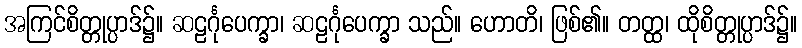
အကြင်စိတ္တုပ္ပာဒ်၌။ ဆဠင်္ဂုပေက္ခာ၊ ဆဠင်္ဂုပေက္ခာ သည်။ ဟောတိ၊ ဖြစ်၏။ တတ္ထ၊ ထိုစိတ္တုပ္ပာဒ်၌။